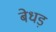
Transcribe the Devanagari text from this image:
बेधड़